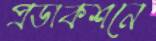
প্রডাকশনে